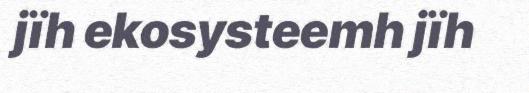
jïh ekosysteemh jïh